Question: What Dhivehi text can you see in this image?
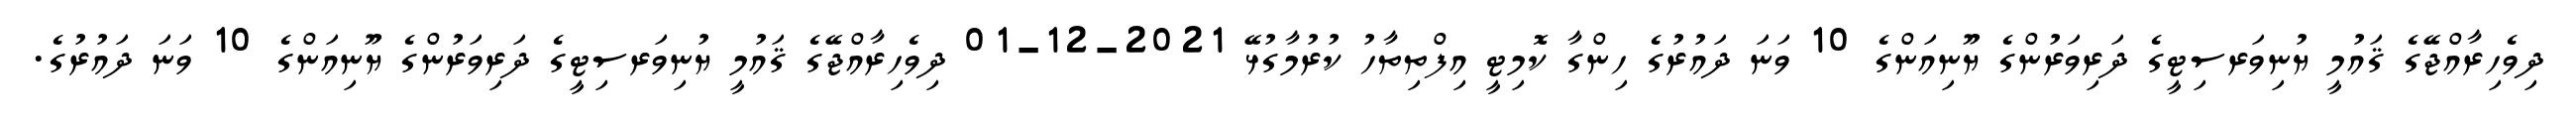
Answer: ދިވެހިރާއްޖޭގެ ޤައުމީ ޔުނިވަރސިޓީގެ ދަރިވަރުންގެ ޔޫނިއަންގެ 10 ވަނަ ދައުރުގެ ހިންގާ ކޮމިޓީ އިފްތިތާހު ކުރުމާގުޅޭ 2021-12-01 ދިވެހިރާއްޖޭގެ ޤައުމީ ޔުނިވަރސިޓީގެ ދަރިވަރުންގެ ޔޫނިއަންގެ 10 ވަނަ ދައުރުގެ.